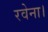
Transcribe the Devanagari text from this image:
रवेना।